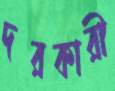
দরকারী